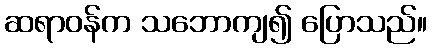
ဆရာဝန်က သဘောကျ၍ ပြောသည်။